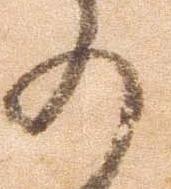
の